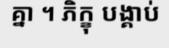
គ្នា ។ ភិក្ខុ បង្គាប់